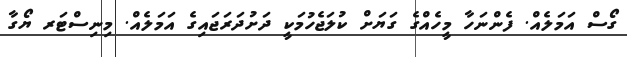
ގޯސް އަމަލެއް. ފެންނަހާ މީހެއްގެ ގަޔަށް ކުލަޖެހުމަކީ ދަށުދަރަޖައިގެ އަމަލެއް. މިނިސްޓަރ ޔޯގާ